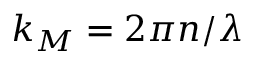
k _ { M } = 2 \pi n / \lambda